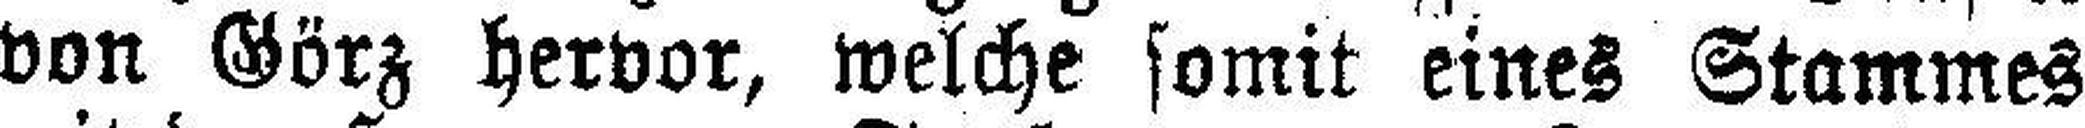
von Görz hervor, welche somit eines Stammes